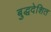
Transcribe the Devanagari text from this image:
बुद्धदेशित